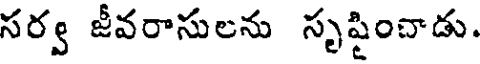
సర్వ జీవరాసులను సృష్టించాడు.